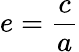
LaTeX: e={\frac{c}{a}}